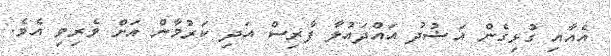
އެއާއި ގުޅިގެން އަޟުދު އައްދައުލާ ފާރިސް އަދި ކަރުމާން އަށް ވެރިވި އެވެ.